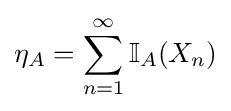
\eta _{A}=\sum _{n=1}^{\infty }\mathbb {I} _{A}(X_{n})